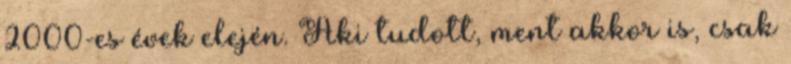
2000-es évek elején. Aki tudott, ment akkor is, csak